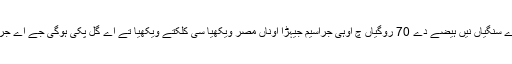
کلکتے دو معینیاں وچ اونے تے اودے سنگیاں نیں ہیضے دے 70 روگیاں چ اوہی جراسیم جیہڑا اوناں مصر ویکھیا سی کلکتے ویکھیا تے اے گل پکی ہوگی جے اے جراسیم ای ایس روگ نوں لان والا اے۔